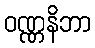
ဝဏ္ဏနိဘာ